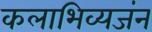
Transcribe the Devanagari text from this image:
कलाभिव्यजंन